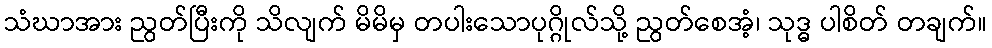
သံဃာအား ညွတ်ပြီးကို သိလျက် မိမိမှ တပါးသောပုဂ္ဂိုလ်သို့ ညွတ်စေအံ့၊ သုဒ္ဓ ပါစိတ် တချက်။